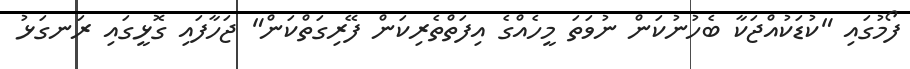
ފޯމުގައި "ކުޑަކުއްޖަކާ ބެހުނުކަން ނުވަތަ މީހެއްގެ އިފަތްތެރިކަން ފޭރިގަތްކަން" ޖަހާފައި ގޮޅީގައި ރަނގަޅު